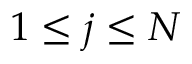
1 \leq j \leq N